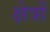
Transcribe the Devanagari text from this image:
क्ष्‍ोत्रों